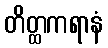
တိတ္ထကရာနံ